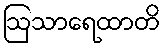
ဩသာရေထာတိ